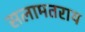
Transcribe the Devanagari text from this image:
सलामतराय